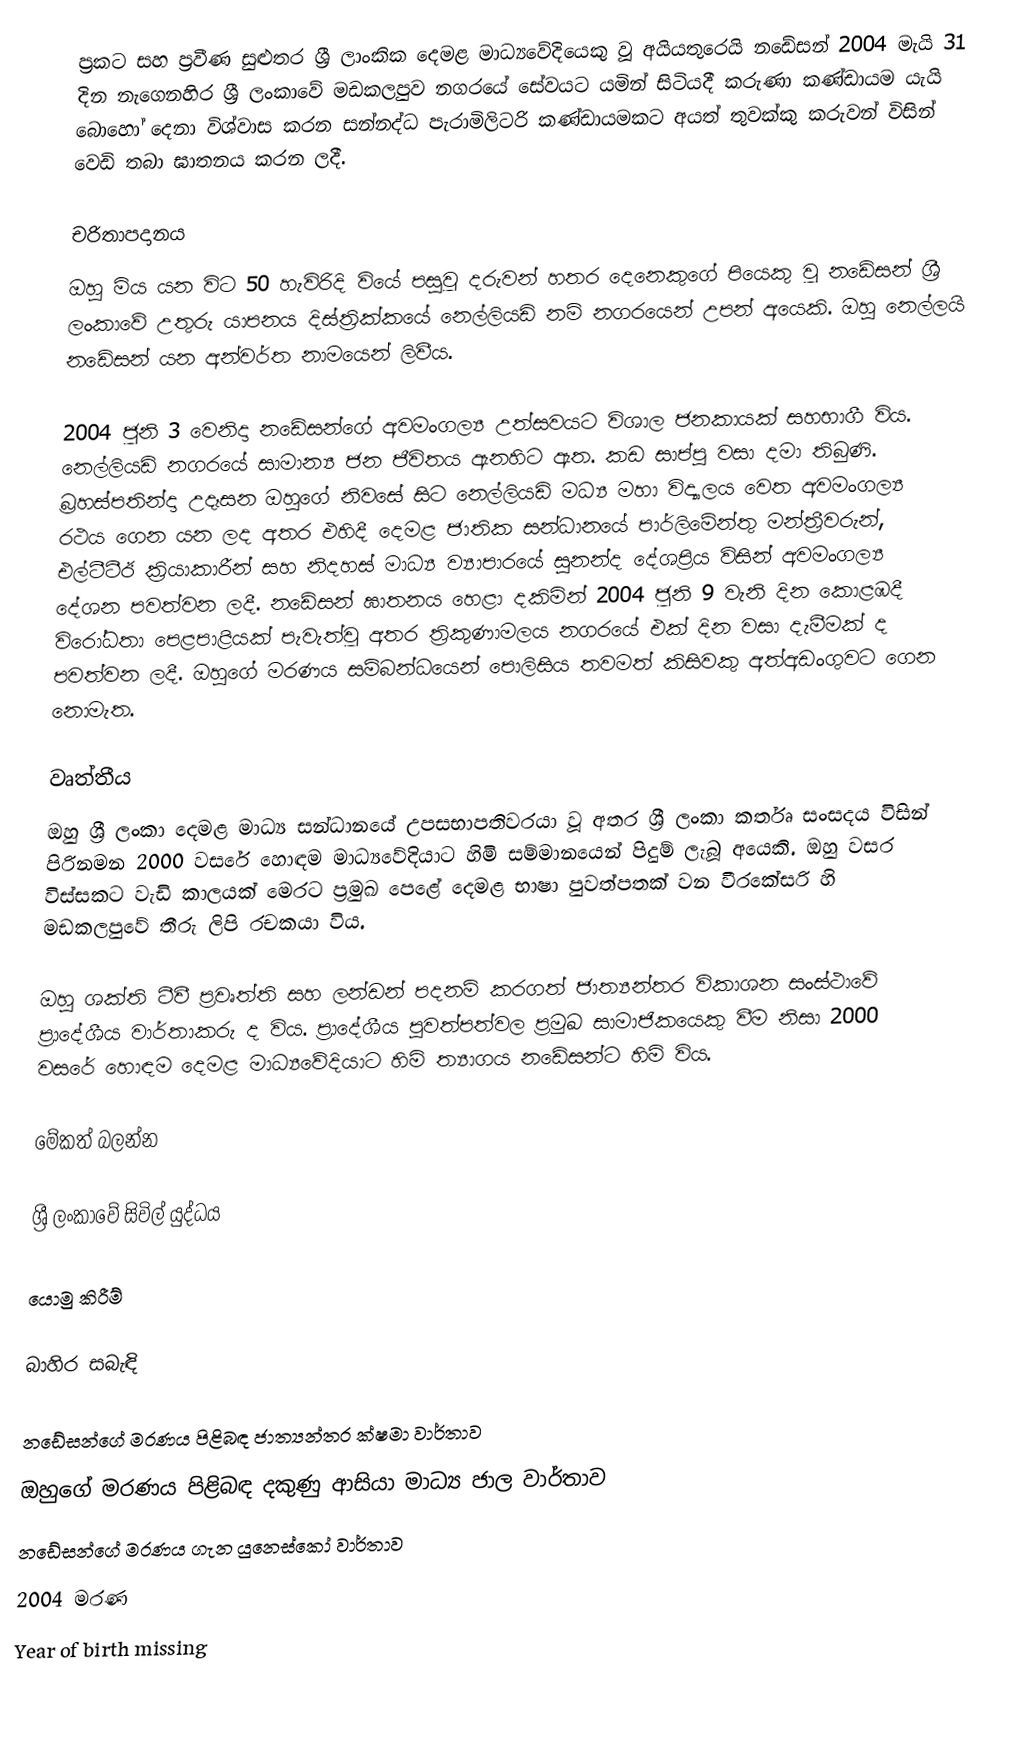
ප්‍රකට සහ ප්‍රවීණ සුළුතර ශ්‍රී ලාංකික දෙමළ මාධ්‍යවේදියෙකු වූ අයියතුරෙයි නඩේසන්  2004 මැයි 31 දින නැගෙනහිර ශ්‍රී ලංකාවේ මඩකලපුව නගරයේ සේවයට යමින් සිටියදී කරුණා කණ්ඩායම යැයි බොහෝ දෙනා විශ්වාස කරන සන්නද්ධ පැරාමිලිටරි කණ්ඩායමකට අයත් තුවක්කු කරුවන් විසින් වෙඩි තබා ඝාතනය කරන ලදී.

චරිතාපදානය
ඔහු මිය යන විට 50 හැවිරිදි වියේ පසුවූ දරුවන් හතර දෙනෙකුගේ පියෙකු වූ නඩේසන් ශ්‍රී ලංකාවේ උතුරු යාපනය දිස්ත්‍රික්කයේ නෙල්ලියඩි නම් නගරයෙන් උපන් අයෙකි. ඔහු නෙල්ලයි නඩේසන් යන අන්වර්ත නාමයෙන් ලිවීය.

2004 ජූනි 3 වෙනිදා නඩේසන්ගේ අවමංගල්‍ය උත්සවයට විශාල ජනකායක් සහභාගී විය. නෙල්ලියඩි නගරයේ සාමාන්‍ය ජන ජීවිතය ඇනහිට ඇත. කඩ සාප්පු වසා දමා තිබුණි. බ‍්‍රහස්පතින්දා උදෑසන ඔහුගේ නිවසේ සිට නෙල්ලියඩි මධ්‍ය මහා විද්‍යාලය වෙත අවමංගල්‍ය රථය ගෙන යන ලද අතර එහිදී දෙමළ ජාතික සන්ධානයේ පාර්ලිමේන්තු මන්ත්‍රීවරුන්, එල්ටීටීඊ ක්‍රියාකාරීන් සහ නිදහස් මාධ්‍ය ව්‍යාපාරයේ සුනන්ද දේශප්‍රිය විසින් අවමංගල්‍ය දේශන පවත්වන ලදී. නඩේසන් ඝාතනය හෙළා දකිමින් 2004 ජූනි 9 වැනි දින කොළඹදී විරෝධතා පෙළපාළියක් පැවැත්වූ අතර ත්‍රිකුණාමලය නගරයේ එක් දින වසා දැමීමක් ද පවත්වන ලදී. ඔහුගේ මරණය සම්බන්ධයෙන් පොලිසිය තවමත් කිසිවකු අත්අඩංගුවට ගෙන නොමැත.

වෘත්තීය
ඔහු ශ්‍රී ලංකා දෙමළ මාධ්‍ය සන්ධානයේ උපසභාපතිවරයා වූ අතර ශ්‍රී ලංකා කර්තෘ සංසදය විසින් පිරිනමන 2000 වසරේ හොඳම මාධ්‍යවේදියාට හිමි සම්මානයෙන් පිදුම් ලැබූ අයෙකි. ඔහු වසර විස්සකට වැඩි කාලයක් මෙරට ප්‍රමුඛ පෙළේ දෙමළ භාෂා පුවත්පතක් වන වීරකේසරි හි මඩකලපුවේ තීරු ලිපි රචකයා විය.

ඔහු ශක්ති ටීවී ප්‍රවෘත්ති සහ ලන්ඩන් පදනම් කරගත් ජාත්‍යන්තර විකාශන සංස්ථාවේ ප්‍රාදේශීය වාර්තාකරු ද විය. ප්‍රාදේශීය පුවත්පත්වල ප්‍රමුඛ සාමාජිකයෙකු වීම නිසා 2000 වසරේ හොඳම දෙමළ මාධ්‍යවේදියාට හිමි ත්‍යාගය නඩේසන්ට හිමි විය.

මේකත් බලන්න

 ශ්‍රී ලංකාවේ සිවිල් යුද්ධය

යොමු කිරීම්

බාහිර සබැඳි

 නඩේසන්ගේ මරණය පිළිබඳ ජාත්‍යන්තර ක්ෂමා වාර්තාව
 ඔහුගේ මරණය පිළිබඳ දකුණු ආසියා මාධ්‍ය ජාල වාර්තාව
 නඩේසන්ගේ මරණය ගැන යුනෙස්කෝ වාර්තාව
2004 මරණ
Year of birth missing